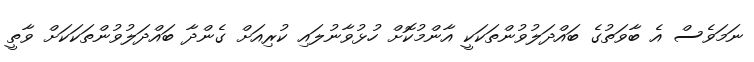
ނަމަވެސް އެ ބާވަތުގެ ބައްދަލުވުންތަކަކީ އާންމުކޮށް ހުޅުވާނުލައި ކުރިއަށް ގެންދާ ބައްދަލުވުންތަކަކަށް ވާތީ